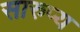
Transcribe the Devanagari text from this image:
सारुप्य